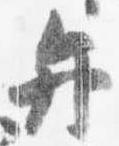
弁